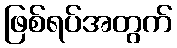
ဖြစ်ရပ်အတွက်